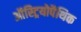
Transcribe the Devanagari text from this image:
ऑस्ट्रियोपैथिक